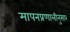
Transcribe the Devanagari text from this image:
मापनप्रणालीनुसार